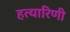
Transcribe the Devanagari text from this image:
हत्यारिणी